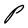
Character: P